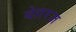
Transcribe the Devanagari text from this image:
बेग़रज़